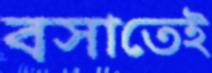
বসাতেই